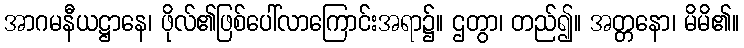
အာဂမနီယဋ္ဌာနေ၊ ဖိုလ်၏ဖြစ်ပေါ်လာကြောင်းအရာ၌။ ဌတွာ၊ တည်၍။ အတ္တနော၊ မိမိ၏။